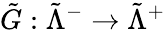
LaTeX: \tilde{G}:\tilde{\Lambda}^{-}\to\tilde{\Lambda}^{+}